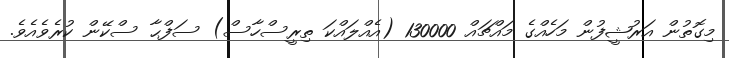
މިގޮތުން އަރުޝީފުން މަހެއްގެ މައްޗައް 130000 (އެއްލައްކަ ތިރީސްހާސް) ސަފްޙާ ސްކޭން ކުރެވެއެވެ.